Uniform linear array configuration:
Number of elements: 16
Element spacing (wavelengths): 0.5
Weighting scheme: hamming
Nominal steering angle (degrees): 60
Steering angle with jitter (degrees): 60.682
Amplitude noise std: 0.05
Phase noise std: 0.05

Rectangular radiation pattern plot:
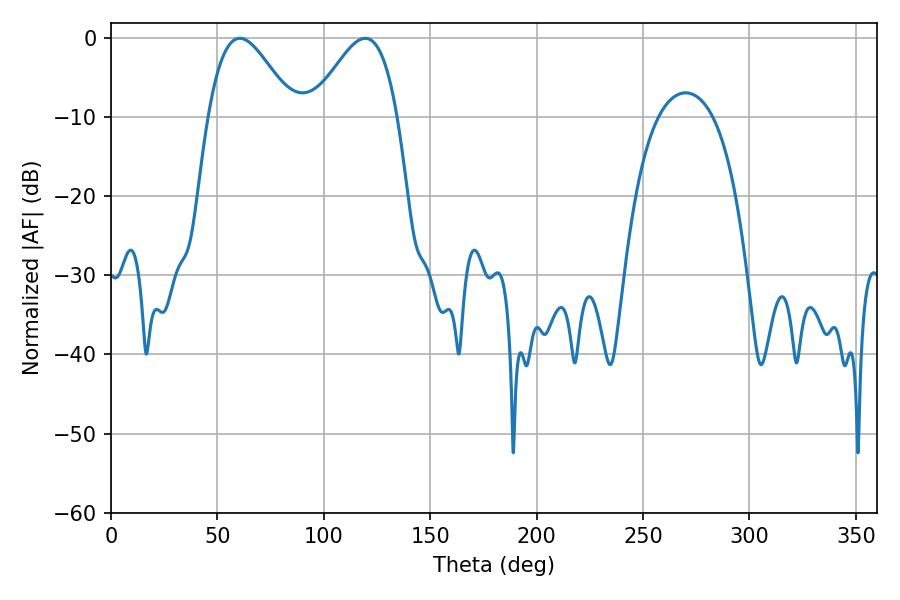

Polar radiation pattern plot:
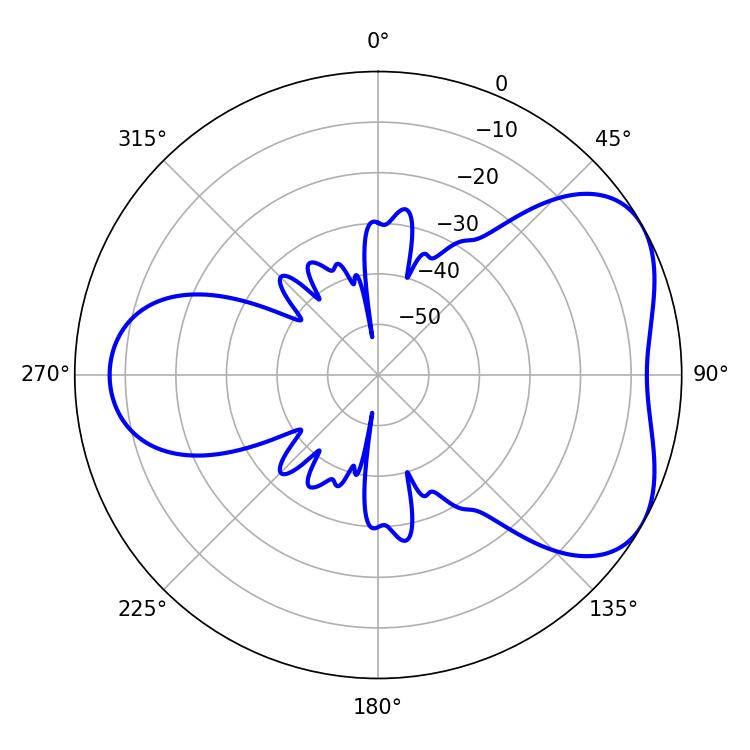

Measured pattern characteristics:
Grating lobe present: FALSE
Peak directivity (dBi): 4.823
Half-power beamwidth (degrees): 21.42
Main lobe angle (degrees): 60.48